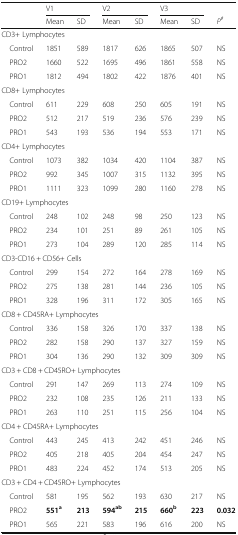
<table><thead><tr><td rowspan="2"></td><td colspan="2"><b>V1</b></td><td colspan="2"><b>V2</b></td><td colspan="2"><b>V3</b></td><td></td></tr><tr><td><b>Mean</b></td><td><b>SD</b></td><td><b>Mean</b></td><td><b>SD</b></td><td><b>Mean</b></td><td><b>SD</b></td><td><b><i>P</i><sup><i>#</i></sup></b></td></tr></thead><tbody><tr><td colspan="8">CD3+ Lymphocytes</td></tr><tr><td> Control</td><td>1851</td><td>589</td><td>1817</td><td>626</td><td>1865</td><td>507</td><td>NS</td></tr><tr><td> PRO2</td><td>1660</td><td>522</td><td>1695</td><td>496</td><td>1861</td><td>558</td><td>NS</td></tr><tr><td> PRO1</td><td>1812</td><td>494</td><td>1802</td><td>422</td><td>1876</td><td>401</td><td>NS</td></tr><tr><td colspan="8">CD8+ Lymphocytes</td></tr><tr><td> Control</td><td>611</td><td>229</td><td>608</td><td>250</td><td>605</td><td>191</td><td>NS</td></tr><tr><td> PRO2</td><td>512</td><td>217</td><td>519</td><td>236</td><td>576</td><td>239</td><td>NS</td></tr><tr><td> PRO1</td><td>543</td><td>193</td><td>536</td><td>194</td><td>553</td><td>171</td><td>NS</td></tr><tr><td colspan="8">CD4+ Lymphocytes</td></tr><tr><td> Control</td><td>1073</td><td>382</td><td>1034</td><td>420</td><td>1104</td><td>387</td><td>NS</td></tr><tr><td> PRO2</td><td>992</td><td>345</td><td>1007</td><td>315</td><td>1132</td><td>395</td><td>NS</td></tr><tr><td> PRO1</td><td>1111</td><td>323</td><td>1099</td><td>280</td><td>1160</td><td>278</td><td>NS</td></tr><tr><td colspan="8">CD19+ Lymphocytes</td></tr><tr><td> Control</td><td>248</td><td>102</td><td>248</td><td>98</td><td>250</td><td>123</td><td>NS</td></tr><tr><td> PRO2</td><td>234</td><td>101</td><td>251</td><td>89</td><td>261</td><td>105</td><td>NS</td></tr><tr><td> PRO1</td><td>273</td><td>104</td><td>289</td><td>120</td><td>285</td><td>114</td><td>NS</td></tr><tr><td colspan="8">CD3-CD16 + CD56+ Cells</td></tr><tr><td> Control</td><td>299</td><td>154</td><td>272</td><td>164</td><td>278</td><td>169</td><td>NS</td></tr><tr><td> PRO2</td><td>275</td><td>138</td><td>281</td><td>144</td><td>236</td><td>105</td><td>NS</td></tr><tr><td> PRO1</td><td>328</td><td>196</td><td>311</td><td>172</td><td>305</td><td>165</td><td>NS</td></tr><tr><td colspan="8">CD8 + CD45RA+ Lymphocytes</td></tr><tr><td> Control</td><td>336</td><td>158</td><td>326</td><td>170</td><td>337</td><td>138</td><td>NS</td></tr><tr><td> PRO2</td><td>282</td><td>158</td><td>290</td><td>137</td><td>327</td><td>159</td><td>NS</td></tr><tr><td> PRO1</td><td>304</td><td>136</td><td>290</td><td>132</td><td>309</td><td>309</td><td>NS</td></tr><tr><td colspan="8">CD3 + CD8 + CD45RO+ Lymphocytes</td></tr><tr><td> Control</td><td>291</td><td>147</td><td>269</td><td>113</td><td>274</td><td>109</td><td>NS</td></tr><tr><td> PRO2</td><td>232</td><td>108</td><td>235</td><td>126</td><td>211</td><td>133</td><td>NS</td></tr><tr><td> PRO1</td><td>263</td><td>110</td><td>251</td><td>115</td><td>256</td><td>104</td><td>NS</td></tr><tr><td colspan="8">CD4 + CD45RA+ Lymphocytes</td></tr><tr><td> Control</td><td>443</td><td>245</td><td>413</td><td>242</td><td>451</td><td>246</td><td>NS</td></tr><tr><td> PRO2</td><td>405</td><td>218</td><td>405</td><td>204</td><td>454</td><td>247</td><td>NS</td></tr><tr><td> PRO1</td><td>483</td><td>224</td><td>452</td><td>174</td><td>513</td><td>205</td><td>NS</td></tr><tr><td colspan="8">CD3 + CD4 + CD45RO+ Lymphocytes</td></tr><tr><td> Control</td><td>581</td><td>195</td><td>562</td><td>193</td><td>630</td><td>217</td><td>NS</td></tr><tr><td> PRO2</td><td><b>551</b><sup><b>a</b></sup></td><td><b>213</b></td><td><b>594</b><sup><b>ab</b></sup></td><td><b>215</b></td><td><b>660</b><sup><b>b</b></sup></td><td><b>223</b></td><td><b>0.032</b></td></tr><tr><td> PRO1</td><td>565</td><td>221</td><td>583</td><td>196</td><td>616</td><td>200</td><td>NS</td></tr></tbody></table>